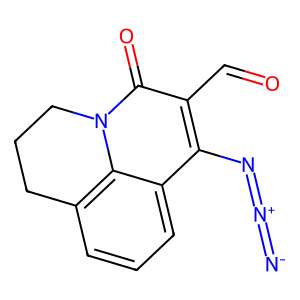
SMILES: [N-]=[N+]=Nc1c(C=O)c(=O)n2c3c(cccc13)CCC2
Inhibits HIV replication: No